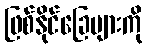
ဖြစ်နိုင်ခြေများကို